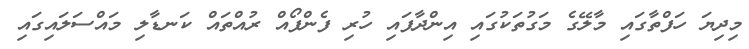
މިދިޔަ ހަފްތާގައި މާލޭގެ މަގުތަކުގައި އިންދާފައި ހުރި ފެންފޯއް ރުއްތައް ކަނޑާލި މައްސަލައިގައި